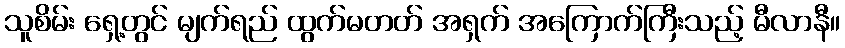
သူစိမ်း ရှေ့တွင် မျက်ရည် ထွက်မတတ် အရှက် အကြောက်ကြီးသည့် မီလာနီ။